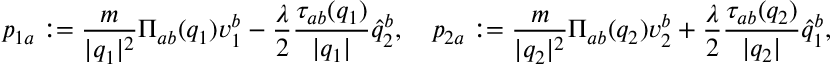
p _ { 1 a } : = \frac { m } { \vert q _ { 1 } \vert ^ { 2 } } \Pi _ { a b } ( q _ { 1 } ) v _ { 1 } ^ { b } - \frac { \lambda } { 2 } \frac { \tau _ { a b } ( q _ { 1 } ) } { \vert q _ { 1 } \vert } \widehat { q } _ { 2 } ^ { b } , \quad p _ { 2 a } : = \frac { m } { \vert q _ { 2 } \vert ^ { 2 } } \Pi _ { a b } ( q _ { 2 } ) v _ { 2 } ^ { b } + \frac { \lambda } { 2 } \frac { \tau _ { a b } ( q _ { 2 } ) } { \vert q _ { 2 } \vert } \widehat { q } _ { 1 } ^ { b } ,